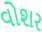
વોશર